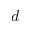
d